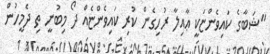
"ޝަބާގެ ކައިވެންޏަކީ ޢާއިލާ ރުހިގެން ކުރި ކައިވެންޏެއް ދޯ މިބުނީ ތި ދެމީހުން